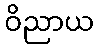
ဝိညာယ